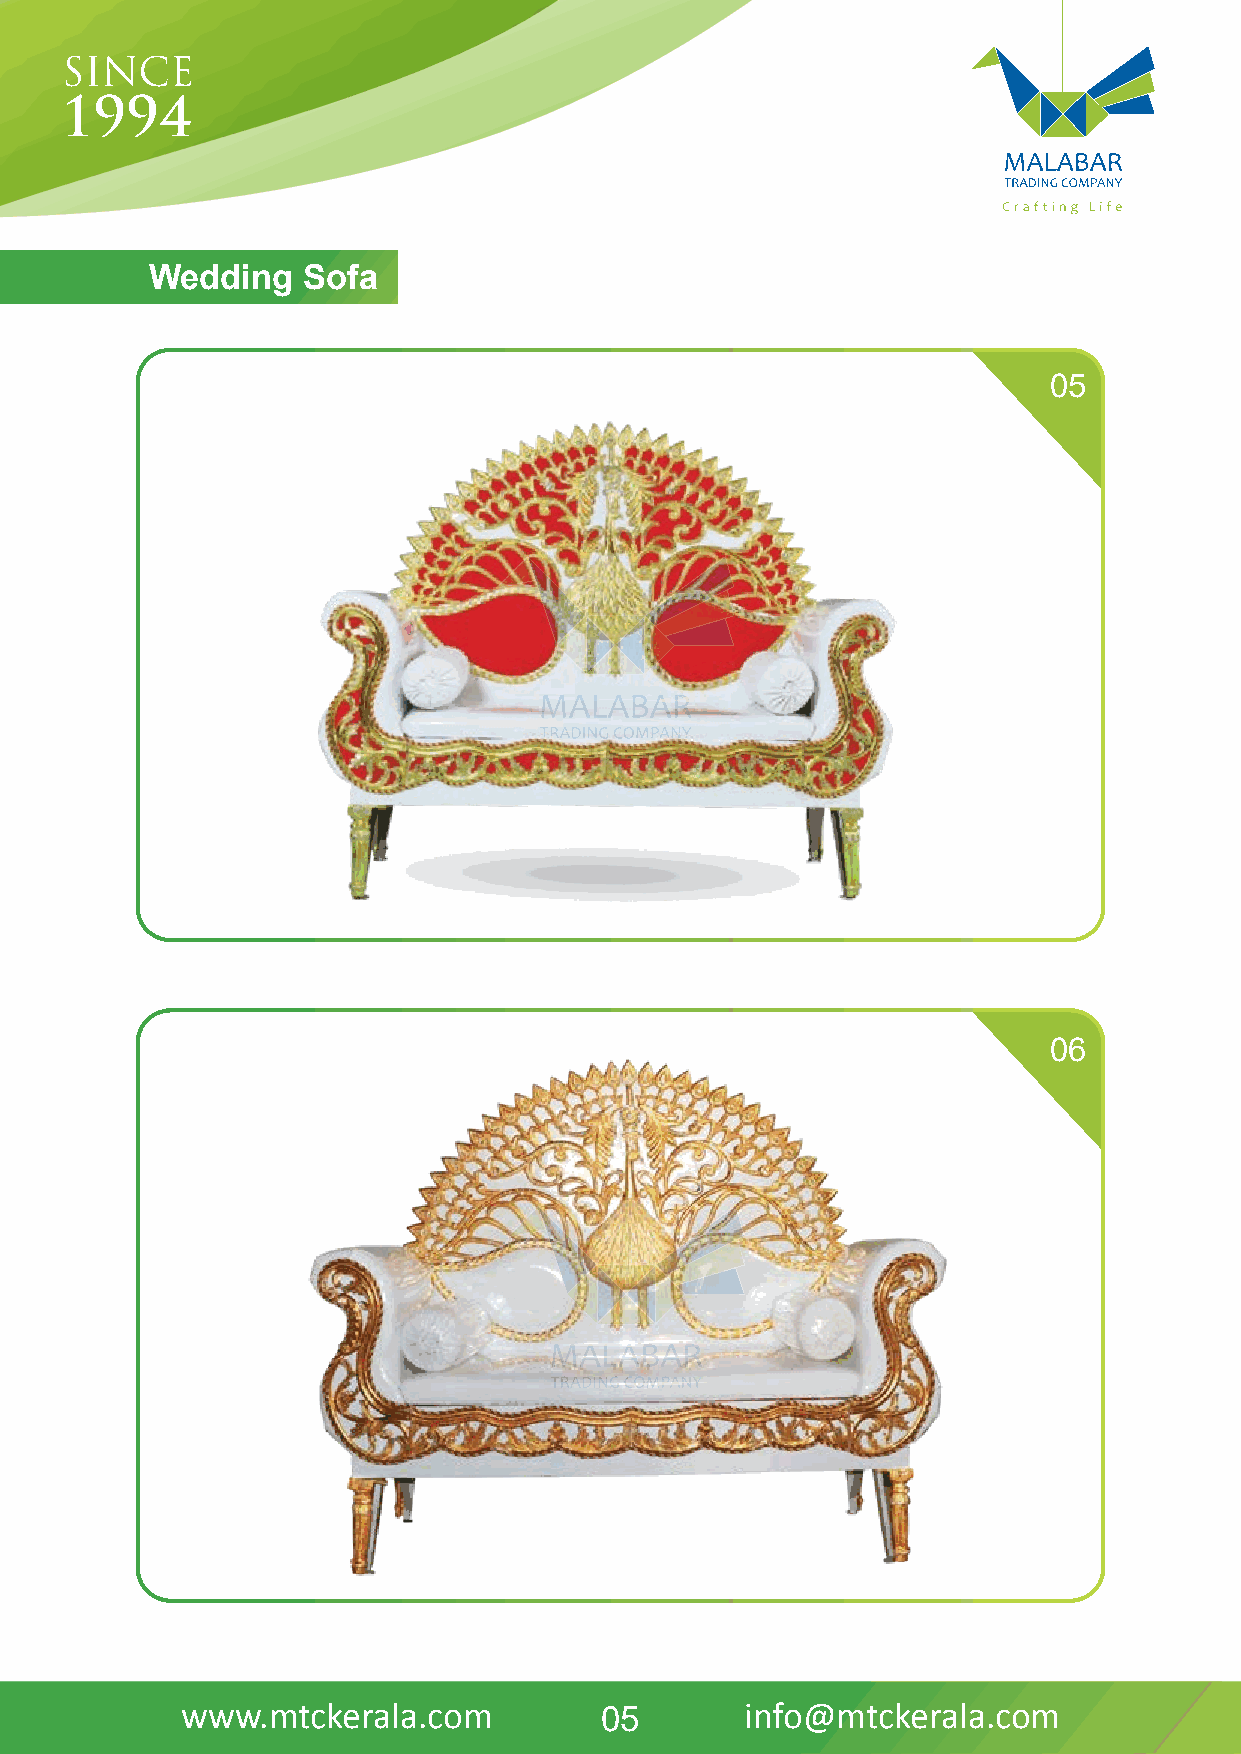
Wedding   Sofa
 05
 06
 www.mtckerala.com           05       info@mtckerala.com